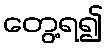
တွေ့ရ၍